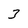
Character: 3